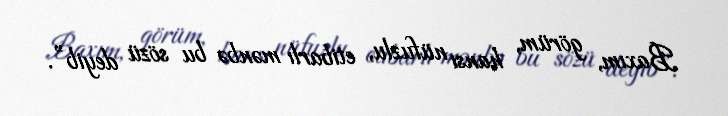
Baxım, görüm, hansı nüfuzlu, etibarlı mənbə bu sözü deyib”.